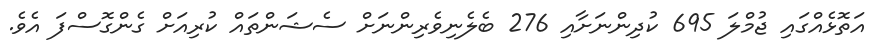
އަތޮޅެއްގައި ޖުމްލަ 695 ކުދިންނަށާއި 276 ބެލެނިވެރިންނަށް ސެޝަންތައް ކުރިއަށް ގެންގޮސްފަ އެވެ.